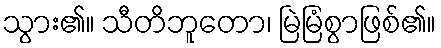
သွား၏။ သီတိဘူတော၊ မြဲမြံစွာဖြစ်၏။